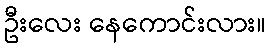
ဦးလေး နေကောင်းလား။